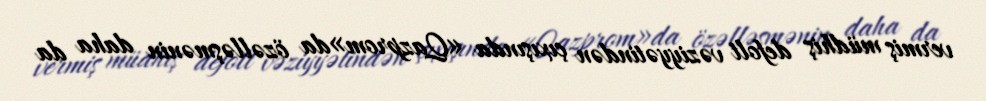
vermiş müdhiş defolt vəziyyətindən çıxışında «Qazprom»da özəlləşmənin daha da